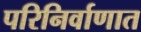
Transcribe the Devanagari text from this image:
परिनिर्वाणात